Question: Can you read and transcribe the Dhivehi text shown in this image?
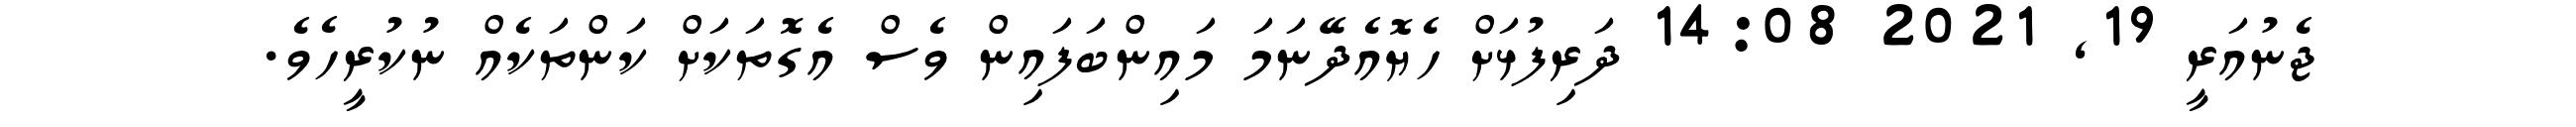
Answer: ޖެނުއަރީ 19, 2021 14:08 ދަރިފުޅަށް ހެޔޮއެދޭނަމަ މައިންބަފައިން ވެސް އެގޮތަކަށް ކަންތަކެއް ނުކުރީހެވެ.